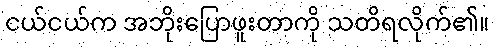
ငယ်ငယ်က အဘိုးပြောဖူးတာကို သတိရလိုက်၏။